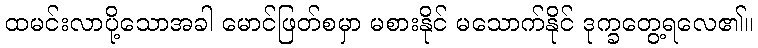
ထမင်းလာပို့သောအခါ မောင်ဖြတ်စမှာ မစားနိုင် မသောက်နိုင် ဒုက္ခတွေ့ရလေ၏။